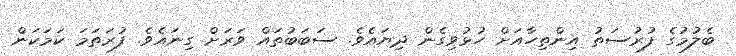
ބެލުމުގެ ފުރުސަތު އިންތިހާއަށް ހުޅުވިގެން ދިޔައެވެ. ސަބަބުތައް ވަރަށް ގިނައެވެ. ފުރަތަމަ ކަމަކަން